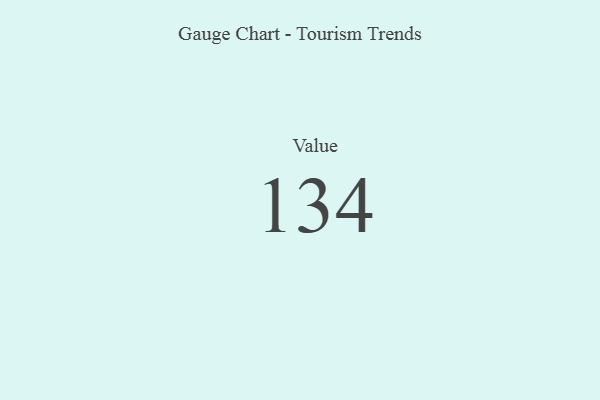
{"axis": {"x": "Metric", "y": "Value"}, "legend": [""], "data": [{"x": "Value", "y": 134, "type": ""}]}